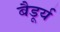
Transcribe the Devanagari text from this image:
बैडूर्य